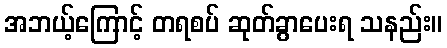
အဘယ့်ကြောင့် တရစပ် ဆုတ်ခွာပေးရ သနည်း။